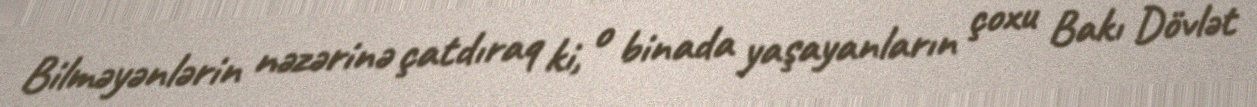
Bilməyənlərin nəzərinə çatdıraq ki, o binada yaşayanların çoxu Bakı Dövlət